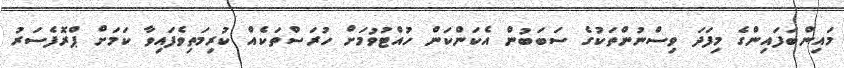
މައިންބަފައިންގެ މިފަދަ ވިސްނުންތަކުގެ ސަބަބުން އެކަންކަން ހުއްޓުވުމަށް ހުރަސްތަކެއް ކުރިމަތިވެފައިވާ ކަމަށް ޕްރޮފެސަރު